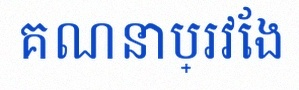
គណនាប្រវែង